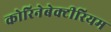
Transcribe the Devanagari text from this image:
कोरिनेबेक्टीरियम